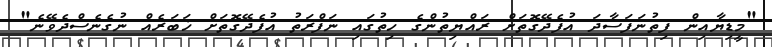
"މީޑިޔާއިން ފިތުނަފަސާދަ އުފެދޭގޮތަށް ރައްޔިތުންގެ ހިތުގައި ނަފްރަތު އުފެދޭގޮތަށް ޚަބަރެއް ނުގެނެސްދެވޭނެ"